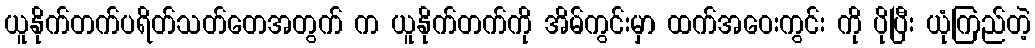
ယူနိုက်တက်ပရိတ်သတ်တေအတွက် က ယူနိုက်တက်ကို အိမ်ကွင်းမှာ ထက်အဝေးကွင်း ကို ပိုပြီး ယုံကြည်တဲ့